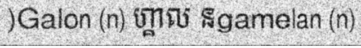
)Galon (n) ហ្គាល នgamelan (n)